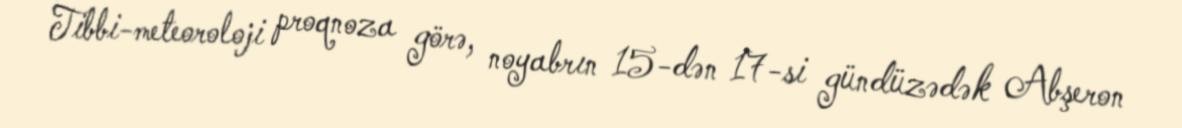
Tibbi-meteoroloji proqnoza görə, noyabrın 15-dən 17-si gündüzədək Abşeron